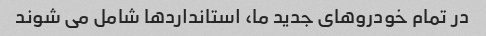
در تمام خودروهای جدید ما، استانداردها شامل می شوند